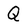
Character: Q